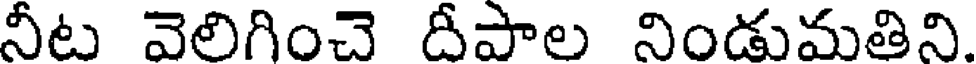
నీట వెలిగించె దీపాల నిండుమతిని.